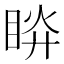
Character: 𥆵